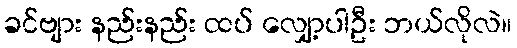
ခင်ဗျား နည်းနည်း ထပ် လျှော့ပါဦး ဘယ်လိုလဲ။